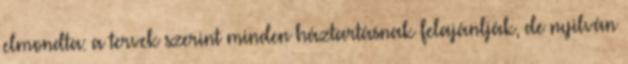
elmondta: a tervek szerint minden háztartásnak felajánlják, de nyilván